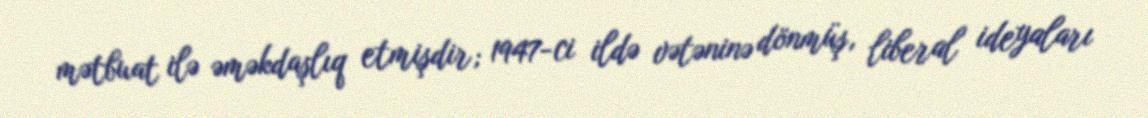
mətbuat ilə əməkdaşlıq etmişdir; 1947-ci ildə vətəninə dönmüş, liberal ideyaları